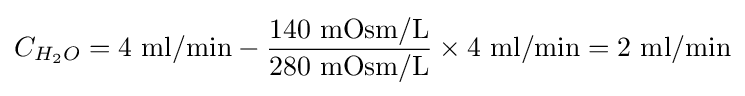
C_{H_{2}O}=4\ {\mbox{ml/min}}-{\frac {140\ {\mbox{mOsm/L}}}{280\ {\mbox{mOsm/L}}}}\times 4\ {\mbox{ml/min}}=2\ {\mbox{ml/min}}